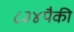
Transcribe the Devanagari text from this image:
८३४पैकी